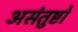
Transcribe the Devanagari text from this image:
असंतुष्टो